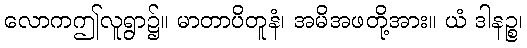
လောကဤလူရွာ၌။ မာတာပိတူနံ၊ အမိအဖတို့အား။ ယံ ဒါနဉ္စ၊